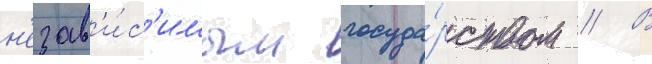
н'езав'и́с'имым госуда́рством // В